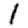
Digit: 1